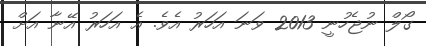
ގޯލް ނުޖެހުނީ 2013 ވަނަ އަހަރު އެވެ. އެ އަހަރު އޭނާ އަށް